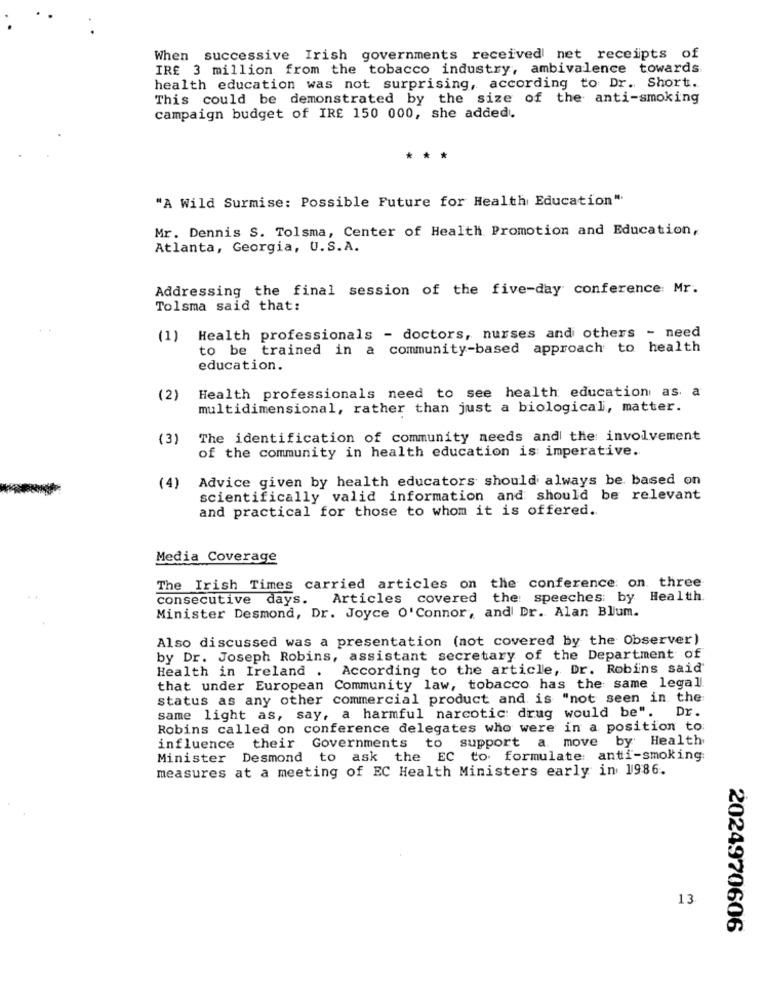
When successive Irish governments received net receipts of
IRE 3 million from the tobacco industry, ambivalence towards.
health education was not surprising, according to Dr. Short.
This could be demonstrated by the size of the anti-smoking
campaign budget of IRE 150 000, she added.
***
"A Wild Surmise: Possible Future for Health Education"
Mr. Dennis S. Tolsma, Center of Health Promotion and Education,
Atlanta, Georgia, U.S.A.
Addressing the final session of the five-day conference: Mr.
Tolsma said that:
(1) Health professionals - doctors, nurses and others - need
to be trained in a community-based approach to health
education.
Health professionals need to see health education as a
(2)
multidimensional, rather than just a biological, matter.
(3)
The identification of community needs and the involvement
of the community in health education is imperative.
Advice given by health educators should always be based on
(4)
scientifically valid information and should be relevant
and practical for those to whom it is offered.
Media Coverage
The Irish Times carried articles on the conference on three
consecutive days. Articles covered the: speeches: by Health.
Minister Desmond, Dr. Joyce O' Connor, and Dr. Alan Blum.
Also discussed was a presentation (not covered by the Observer)
by Dr. Joseph Robins, assistant secretary of the Department of
Health in Ireland . According to the article, Dr. Robins said
that under European Community law, tobacco has the same legal
status as any other commercial product and is "not seen in the
same light as, say, a harmful narcotic drug would be". Dr.
Robins called on conference delegates who were in a position to
influence their Governments to support a move by Health
Minister Desmond to ask the EC to. formulate: anti-smoking:
measures at a meeting of EC Health Ministers early in 1986.
13
2024970606